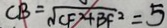
C B = \sqrt { C F ^ { 2 } + B F ^ { 2 } } = 5